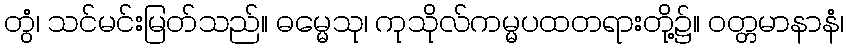
တွံ၊ သင်မင်းမြတ်သည်။ ဓမ္မေသု၊ ကုသိုလ်ကမ္မပထတရားတို့၌။ ဝတ္တမာနာနံ၊